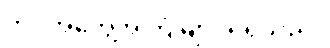
ဘဝအတွေ့အကြုံများ ရရှိသည်။